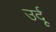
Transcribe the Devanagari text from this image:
उर्दूू